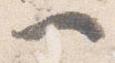
一